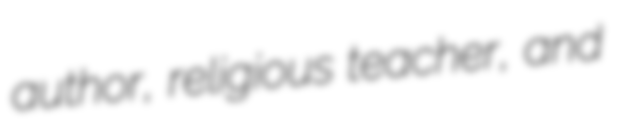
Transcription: author, religious teacher, and